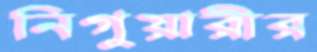
নিগুয়ারীর